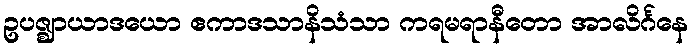
ဥပဇ္ဈာယာဒယော ဧကာဒသာနိသံသာ ကရမရာနီတော အာလိင်္ဂနေ